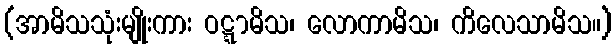
(အာမိသသုံးမျိုးကား ဝဋ္ဋာမိသ၊ လောကာမိသ၊ ကိလေသာမိသ။)